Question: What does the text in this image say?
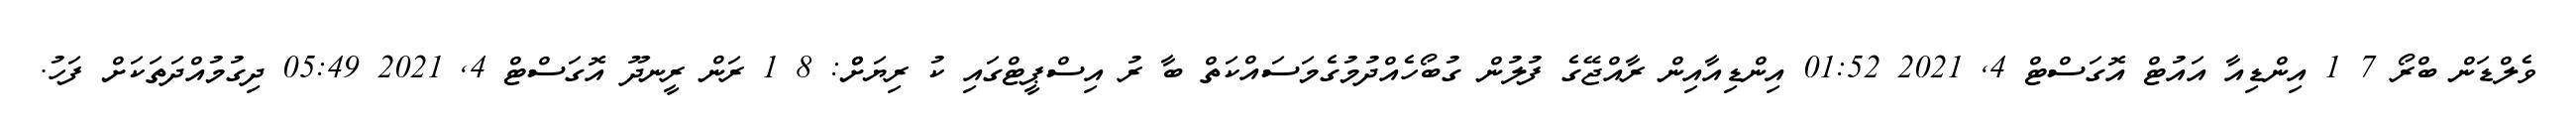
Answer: ވެލްޑަން ބްރޯ 7 1 އިންޑިއާ އައުޓް އޮގަސްޓް 4, 2021 01:52 އިންޑިއާއިން ރާއްޖޭގެ ފުލުން ގުބޯހެއްދުމުގެމަސައްކަތް ބާ ރު އިސްޕީޓްގައި ކު ރިޔަށްް: 8 1 ރަން ރީނދޫ އޮގަސްޓް 4, 2021 05:49 ދިގުމުއްދަތަކަށް ފަހު.